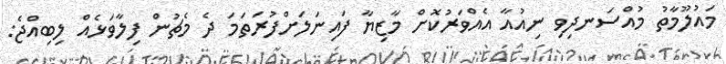
މައުލޫމާތު މުއްސަނދިވި ނިއުއާ އެއްވަރުކޮށް މާޒިޔާ ފައިނަލަށްފުރަތަމަ ދެ މެޗުން ފިލާވަޅެއް ލިބިއްޖެ: